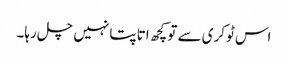
اس ٹوکری سے تو کچھ اتا پتا نہیں چل رہا۔